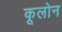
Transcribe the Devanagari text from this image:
कूलोन